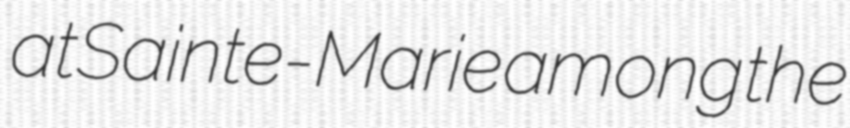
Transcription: at Sainte-Marie among the